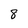
Character: 8